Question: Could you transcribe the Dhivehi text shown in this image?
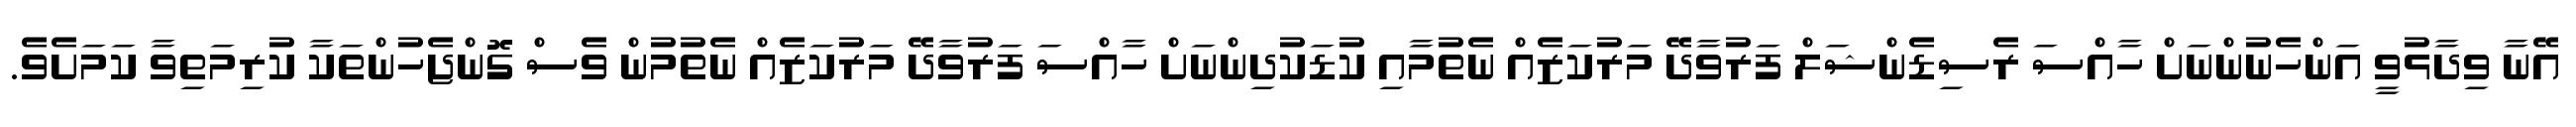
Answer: އޭނާ ވިދާޅުވީ އަންހެނުންނަށް ހާއްސަ ރެސިޑެންޝަލް ފަރުވާދޭ މަރުކަޒެއް ނެތުމާއި ކުޑަކުދިންނަށް ހާއްސަ ފަރުވާދޭ މަރުކަޒެއް ނެތުމުން ވެސް ގޮންޖެހުންތަކާ ކުރިމަތިވާ ކަމަށެވެ.